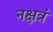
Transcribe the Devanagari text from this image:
नक्षत्रं